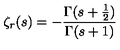
\zeta _ { r } ( s ) = - { \frac { \Gamma ( s + { \frac { 1 } { 2 } } ) } { \Gamma ( s + 1 ) } }